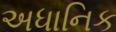
અધાનિક